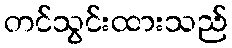
တင်သွင်းထားသည်